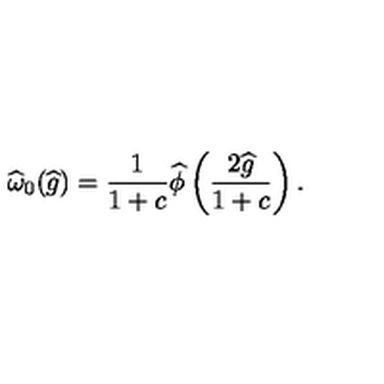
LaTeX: \widehat { \omega } _ { 0 } ( \widehat { g } ) = \frac { 1 } { 1 + c } \widehat { \phi } \left( \frac { 2 \widehat { g } } { 1 + c } \right) .